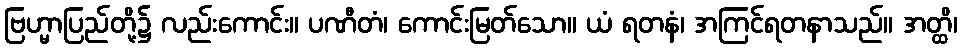
ဗြဟ္မာပြည်တို့၌ လည်းကောင်း။ ပဏီတံ၊ ကောင်းမြတ်သော။ ယံ ရတနံ၊ အကြင်ရတနာသည်။ အတ္ထိ၊